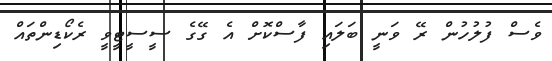
ވެސް ފުލުހުން ރޭ ވަނީ ބަލައި ފާސްކޮށް އެ ގޭގެ ސީސީޓީވީ ރެކޯޑިންތައް